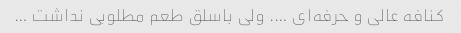
کنافه عالی و حرفه‌ای …. ولی باسلق طعم مطلوبی نداشت …